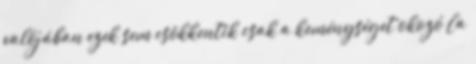
valójában ezek sem csökkentik csak a keménységet okozó Ca